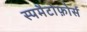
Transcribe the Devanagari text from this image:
स्पमैटोफ़ोर्स